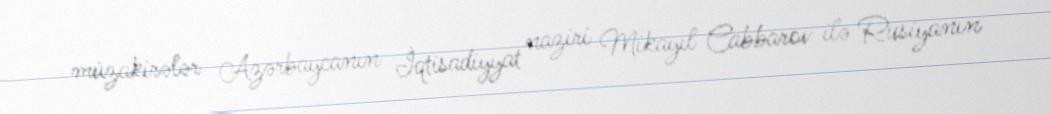
müzakirələr Azərbaycanın İqtisadiyyat naziri Mikayıl Cabbarov ilə Rusiyanın